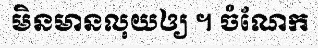
មិនមានលុយឲ្យ ។ ចំណែក